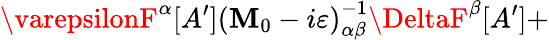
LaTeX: \varepsilonF^{\alpha}[A^{\prime}]\left(\mathbf{M}_{0}-i\varepsilon\right)_{\alpha\beta}^{-1}\DeltaF^{\beta}[A^{\prime}]+